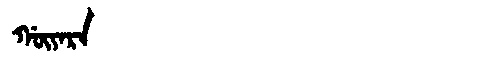
Manchu: ᡤᡡᠶᠠᡵᠠ
Romanization: GŪYARA